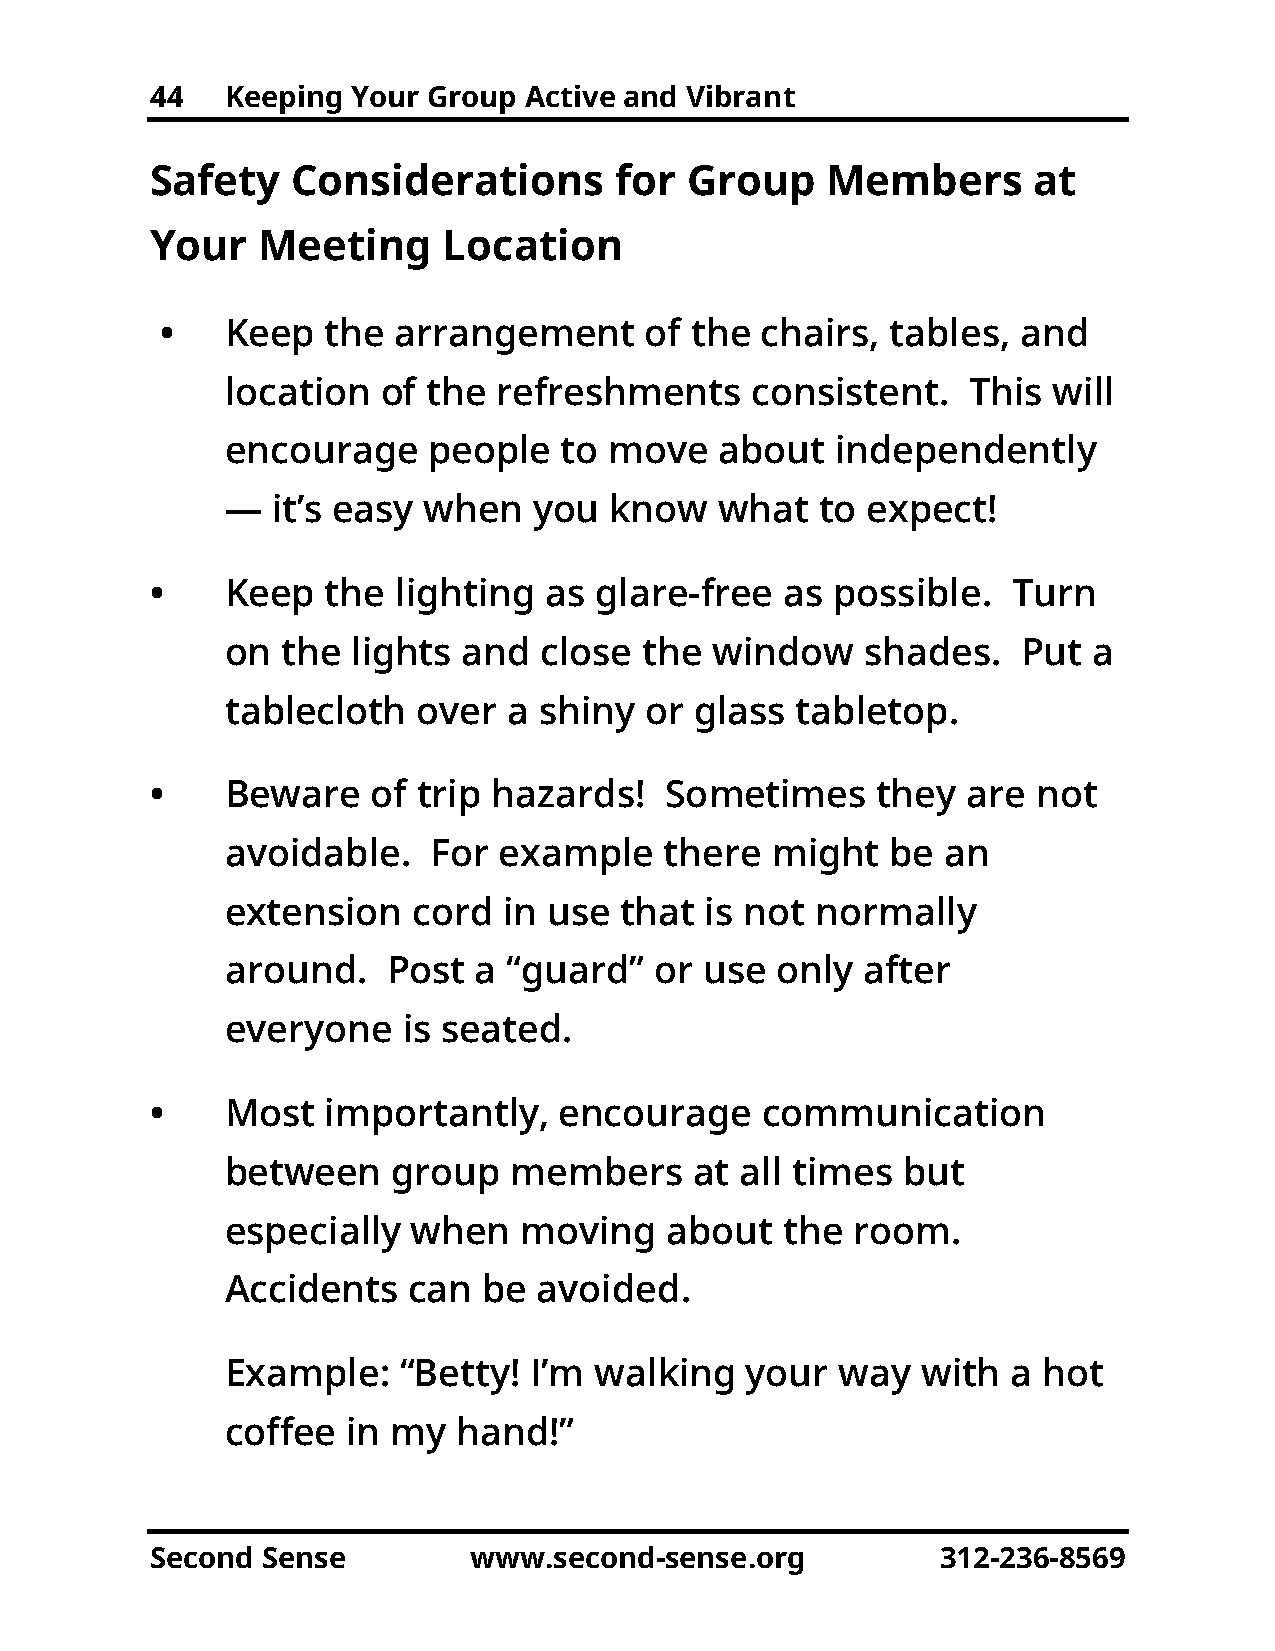
44   Keeping Your Group  Active and Vibrant
 Safety   Considerations        for Group     Members      at
 Your   Meeting     Location
 •   Keep   the arrangement      of the chairs,  tables,  and
 location  of the  refreshments     consistent.   This  will
 encourage    people   to move    about  independently
 —  it’s easy when   you  know    what  to expect!
 •    Keep   the lighting  as glare-free   as possible.   Turn
 on  the lights  and  close  the window    shades.    Put a
 tablecloth   over  a shiny  or glass  tabletop.
 •    Beware    of trip hazards!   Sometimes     they  are  not
 avoidable.   For  example    there  might   be  an
 extension   cord  in use  that  is not normally
 around.    Post a  “guard”  or  use only  after
 everyone    is seated.
 •    Most   importantly,   encourage    communication
 between    group   members     at all times  but
 especially  when   moving    about   the room.
 Accidents   can  be  avoided.
 Example:   “Betty!  I’m walking   your   way  with  a hot
 coffee  in my  hand!”
 Second Sense         www.second-sense.org           312-236-8569